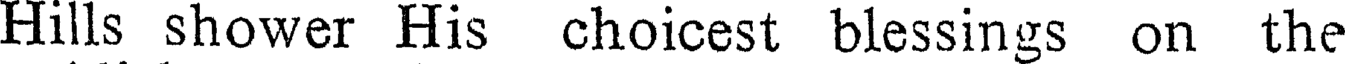
Hills shower His choicest blessings on the